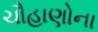
ચૌહાણોના